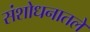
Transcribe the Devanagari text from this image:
संशोधनातले